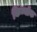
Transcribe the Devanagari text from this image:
किन्नॉक